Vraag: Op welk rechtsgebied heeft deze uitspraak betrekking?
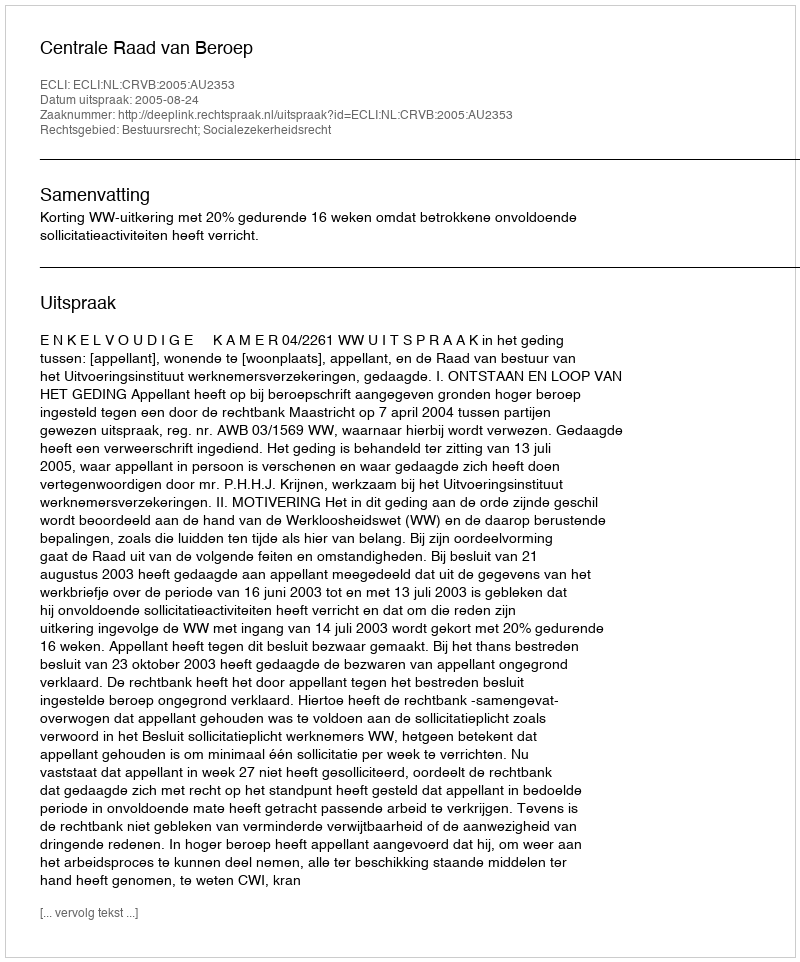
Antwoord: Bestuursrecht; Socialezekerheidsrecht